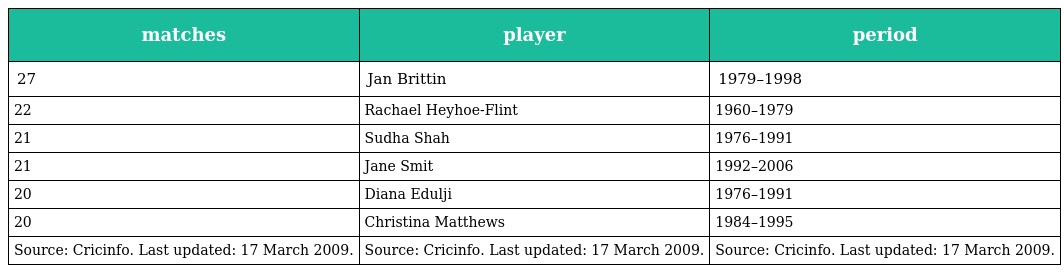
| matches | player | period |
 | --- | --- | --- |
 | 27 | Jan Brittin | 1979–1998 |
 | 22 | Rachael Heyhoe-Flint | 1960–1979 |
 | 21 | Sudha Shah | 1976–1991 |
 | 21 | Jane Smit | 1992–2006 |
 | 20 | Diana Edulji | 1976–1991 |
 | 20 | Christina Matthews | 1984–1995 |
 | Source: Cricinfo. Last updated: 17 March 2009. | Source: Cricinfo. Last updated: 17 March 2009. | Source: Cricinfo. Last updated: 17 March 2009. |